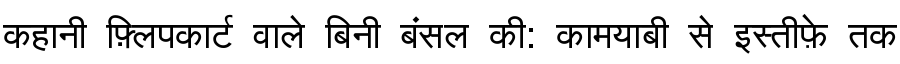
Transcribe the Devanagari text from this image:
कहानी फ़्लिपकार्ट वाले बिनी बंसल की: कामयाबी से इस्तीफ़े तक